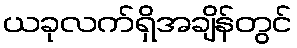
ယခုလက်ရှိအချိန်တွင်